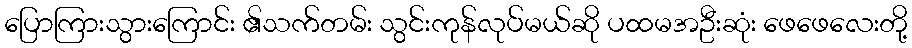
ပြောကြားသွားကြောင်း ၏သက်တမ်း သွင်းကုန်လုပ်မယ်ဆို ပထမအဦးဆုံး ဖေဖေလေးတို့